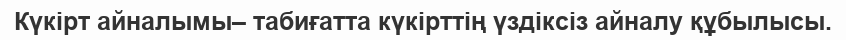
Күкірт айналымы– табиғатта күкірттің үздіксіз айналу құбылысы.